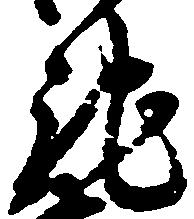
馳